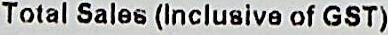
TOTAL SALES (INCLUSIVE OF GST)